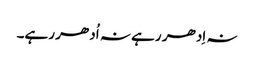
نہ اِدھر رہے نہ اُدھر رہے۔